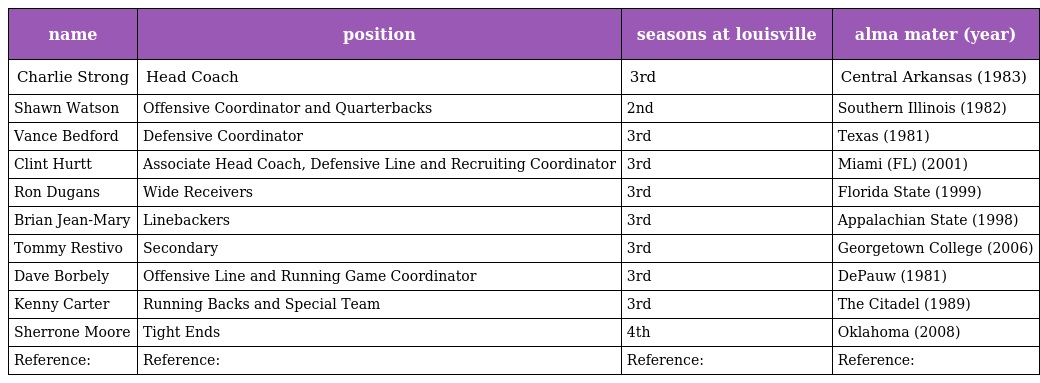
| name | position | seasons at louisville | alma mater (year) |
 | --- | --- | --- | --- |
 | Charlie Strong | Head Coach | 3rd | Central Arkansas (1983) |
 | Shawn Watson | Offensive Coordinator and Quarterbacks | 2nd | Southern Illinois (1982) |
 | Vance Bedford | Defensive Coordinator | 3rd | Texas (1981) |
 | Clint Hurtt | Associate Head Coach, Defensive Line and Recruiting Coordinator | 3rd | Miami (FL) (2001) |
 | Ron Dugans | Wide Receivers | 3rd | Florida State (1999) |
 | Brian Jean-Mary | Linebackers | 3rd | Appalachian State (1998) |
 | Tommy Restivo | Secondary | 3rd | Georgetown College (2006) |
 | Dave Borbely | Offensive Line and Running Game Coordinator | 3rd | DePauw (1981) |
 | Kenny Carter | Running Backs and Special Team | 3rd | The Citadel (1989) |
 | Sherrone Moore | Tight Ends | 4th | Oklahoma (2008) |
 | Reference: | Reference: | Reference: | Reference: |